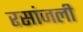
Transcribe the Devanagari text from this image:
रसांजली